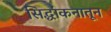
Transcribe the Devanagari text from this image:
सिद्धांकनातून